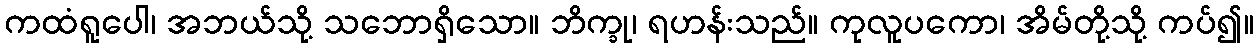
ကထံရူပေါ၊ အဘယ်သို့ သဘောရှိသော။ ဘိက္ခု၊ ရဟန်းသည်။ ကုလူပကော၊ အိမ်တို့သို့ ကပ်၍။